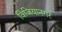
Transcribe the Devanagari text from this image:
विजियानगर